Supplement to the account of plague administration in the Bombay Presidency from September 1896 till May 1897
Year: 1896
Disease focus: Plague
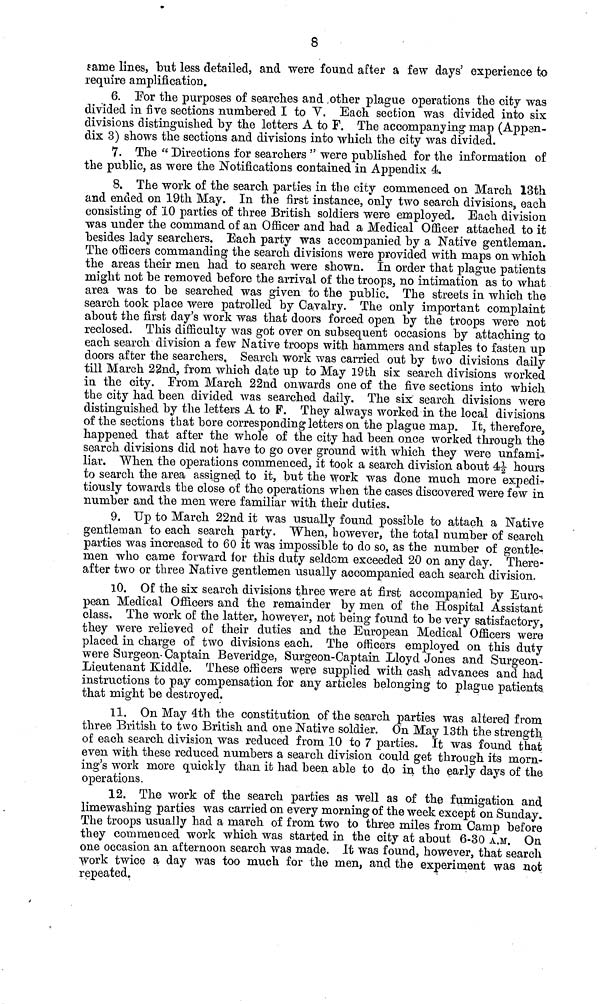
8
same lines, but less detailed, and were found after a few days' experience to
require amplification.
6. For the purposes of searches and , other plague operations the city was
divided in five sections numhered I to V. Each section was divided into six
divisions distinguished by the letters A to F. The accompanying map (Appen-
dix 3) shows the sections and divisions into which the city was divided.
7. The ct Directions for searchers " were published for the information of
the public, as were the Notifications contained in Appendix a.
8. The work of the search parties in the city commenced on March 13th
and ended on 19th May. In the first instance, only two search divisions, each
consisting of 10 parties of three British soldiers were employed. Each division
was under the command of an Officer and had a Medical Officer attached to it
besides lady searchers. Each party was accompanied by a Native gentleman.
The officers commanding the search divisions were provided with maps on which
the areas their men had to search were shown. In order that plague patients
might not be removed before the arrival of the troops, no intimation as to what
area was to be searched was given to the public. The streets in which the
search took place were patrolled by Cavalry. The only important complaint
about the first day's work was that doors forced open by the troops were not
reclosed. This difficulty was got over on subsequent occasions by attaching to
each search division a few Native troops with hammers and staples to fasten up
doors after the searchers. Search work was carried out by two divisions daily
till March 22nd, from which date up to May 19th six search divisions worked
in the city. From March 22nd onwards one of the five sections into which
the city had been divided was searched daily. The six search divisions were
distinguished by the letters A to F. They always worked in the local divisions
of the sections that bore corresponding letters on the plague map. It, therefore,
happened that after the whole of the city had been once worked through the
search divisions did not have to go over ground with which they were unfami·
liar. When the operations commenced, it took a search division about 41/2 hours
to search the area assigned to it, but the work was done much more expedir
tiously towards the close of the operations when the cases discovered were few in
number and the men were familiar with their duties.
9. Up to March 22nd it was usually found possible to attach a Native
gentleman to each search party. "When, however, the total number of search
parties was increased to 60 it was impossible to do so, as the number of gentle-
men who came forward for this duty seldom exceeded 20 on any day. There-
after two or three Native gentlemen usually accompanied each search division.
10. Of the six search divisions three were at first accompanied by Euro-,
pean Medical Officers and the remainder by men of the Hospital Assistant
class. The work of the latter, however, not being found to be very satisfactory,
they were relieved of their duties and the European Medical Officers were
placed in charge of two divisions each. The officers employed on this duty
were Surgeon-Captain Beveridge, Surgeon-Captain Lloyd Jones and Surgeon-
Lieutenant Kiddle. These officers were supplied with cash advances and had
instructions to pay compensation for any articles belonging to plague patients
that might be destroyed.
11. On May 4th the constitution of the search parties was altered from
three British to two British and one Native soldier. On May 13th the strength
of each search division was reduced from 10 to 7 parties. It was found that
even with these reduced numbers a search division could get through its morn-
ing's work more quickly than it had been able to do in the early days of the
operations.
12. The work of the search parties as well as of the fumigation and
limewashing parties was carried on every morning of the week except on Sunday.
The troops usually had a march of from two to three miles from Camp before
they commenced work which was started in the city at about 6-30 A.M. On
one occasion an afternoon search was made. It was found, however, that search
work twice a day was too much for the men, and the experiment was not
repeated.